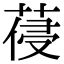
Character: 葠